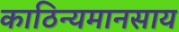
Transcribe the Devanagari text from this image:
काठिन्यमानसाय